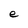
Character: e